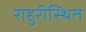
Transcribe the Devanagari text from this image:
राहुरीस्थित